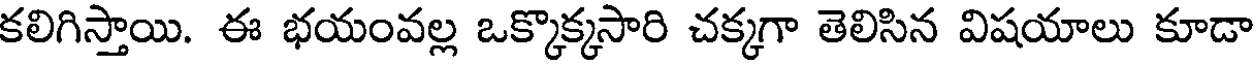
కలిగిస్తాయి. ఈ భయంవల్ల ఒక్కొక్కసారి చక్కగా తెలిసిన విషయాలు కూడా